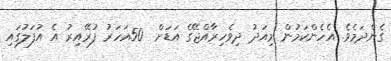
ގެންދަމެވެ. އެހެންކަމުން މިއަދު ދިވެހިރާއްޖޭގެ އަޑަށް  50އަހަރު ފުރޭއިރު އެ އުފަލުގައި